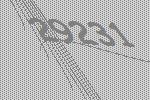
29231